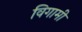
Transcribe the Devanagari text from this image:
विगामी